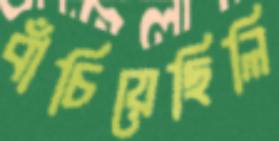
বাঁচিয়েছিলি